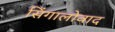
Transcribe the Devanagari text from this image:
सिंगालोवाद